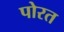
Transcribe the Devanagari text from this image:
पोरत